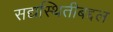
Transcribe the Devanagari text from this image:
सद्यस्थितीबद्दल